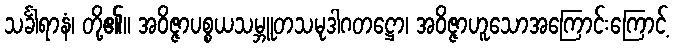
သင်္ခါရာနံ၊ တို့၏။ အဝိဇ္ဇာပစ္စယသမ္ဘူတသမုဒါဂတဋ္ဌော၊ အဝိဇ္ဇာဟူသောအကြောင်းကြောင့်